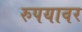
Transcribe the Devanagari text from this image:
रुपयावर